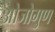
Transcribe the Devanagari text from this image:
ओजोगुण